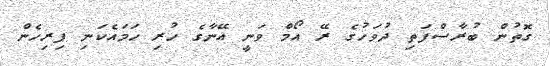
ގޮތުން ބުރާސްފަތި ދުވަހުގެ ރޭ އޯމް ވަނީ އޭނާގެ ހުރި ހަމައެކަނި ފިރިހެން